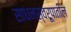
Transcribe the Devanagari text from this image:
साधनस्वरूपातील